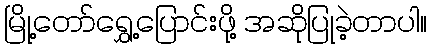
မြို့တော်ရွှေ့ပြောင်းဖို့ အဆိုပြုခဲ့တာပါ။